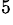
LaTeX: ^{5}